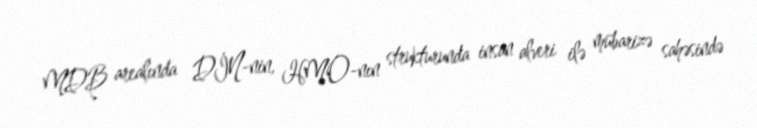
MDB arealında DİN-nin, HMO-nın strukturunda insan alveri ilə mübarizə sahəsində